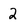
Character: 2